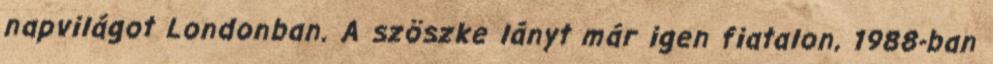
napvilágot Londonban. A szöszke lányt már igen fiatalon, 1988-ban